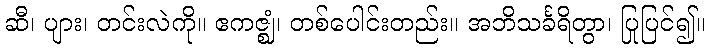
ဆီ၊ ပျား၊ တင်းလဲကို။ ဧကဇ္ဈံ၊ တစ်ပေါင်းတည်း။ အဘိသင်္ခရိတွာ၊ ပြုပြင်၍။